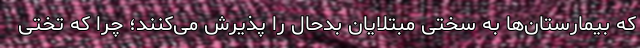
که بیمارستان‌ها به سختی مبتلایان بدحال را پذیرش می‌کنند؛ چرا که تختی